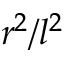
r ^ { 2 } / l ^ { 2 }